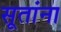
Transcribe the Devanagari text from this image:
सूतांना